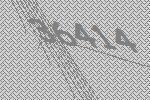
36414